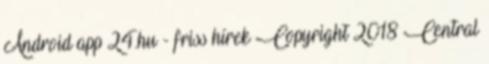
Android app 24.hu - friss hírek Copyright 2018 Central